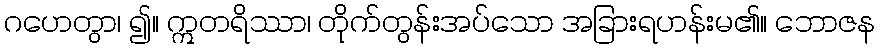
ဂဟေတွာ၊ ၍။ ဣတရိဿာ၊ တိုက်တွန်းအပ်သော အခြားရဟန်းမ၏။ ဘောဇန